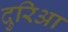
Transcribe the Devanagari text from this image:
दुरिआ